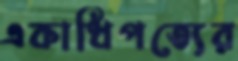
একাধিপত্যের